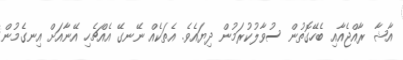
އާޝާ ރާއްޖެއާއި ބެހޭގޮތުން ސުވާލުކުރަމުން ދިޔައެވެ. އެތަކެއް ނޭނގޭ އެއްޗެހި އޭނާއަށް އިނގެމުން